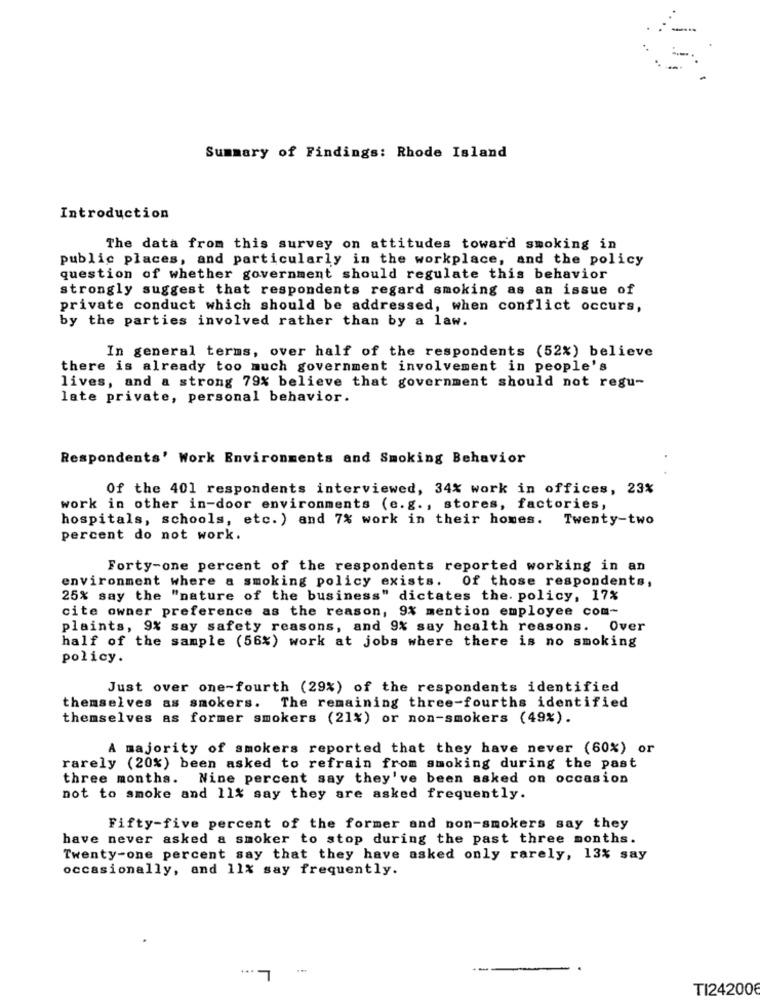
Summary of Findings: Rhode Island
Introduction
The data from this survey on attitudes toward smoking in
public places, and particularly in the workplace, and the policy
question of whether government should regulate this behavior
strongly suggest that respondents regard smoking as an issue of
private conduct which should be addressed, when conflict occurs,
by the parties involved rather than by a law.
In general terms, over half of the respondents (52%) believe
there is already too much government involvement in people's
lives, and a strong 79% believe that government should not regu-
late private, personal behavior.
Respondents' Work Environments and Smoking Behavior
Of the 401 respondents interviewed, 34% work in offices, 23%
work in other in-door environments (e.g ., stores, factories,
hospitals, schools, etc. ) and 7% work in their homes. Twenty-two
percent do not work.
Forty-one percent of the respondents reported working in an
environment where a smoking policy exists. Of those respondents,
25% say the "nature of the business" dictates the. policy, 17%
cite owner preference as the reason, 9% mention employee com-
plaints, 9% say safety reasons, and 9% say health reasons. Over
half of the sample (56%) work at jobs where there is no smoking
policy.
Just over one-fourth (29%) of the respondents identified
themselves as smokers. The remaining three-fourths identified
themselves as former smokers (21%) or non-smokers (49%).
A majority of smokers reported that they have never (60%) or
rarely (20%) been asked to refrain from smoking during the past
three months.
Nine percent say they've been asked on occasion
not to smoke and 11% say they are asked frequently.
Fifty-five percent of the former and non-smokers say they
have never asked a smoker to stop during the past three months.
Twenty-one percent say that they have asked only rarely, 13% say
occasionally, and 11% say frequently.
...
---
TI242008